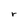
Character: r